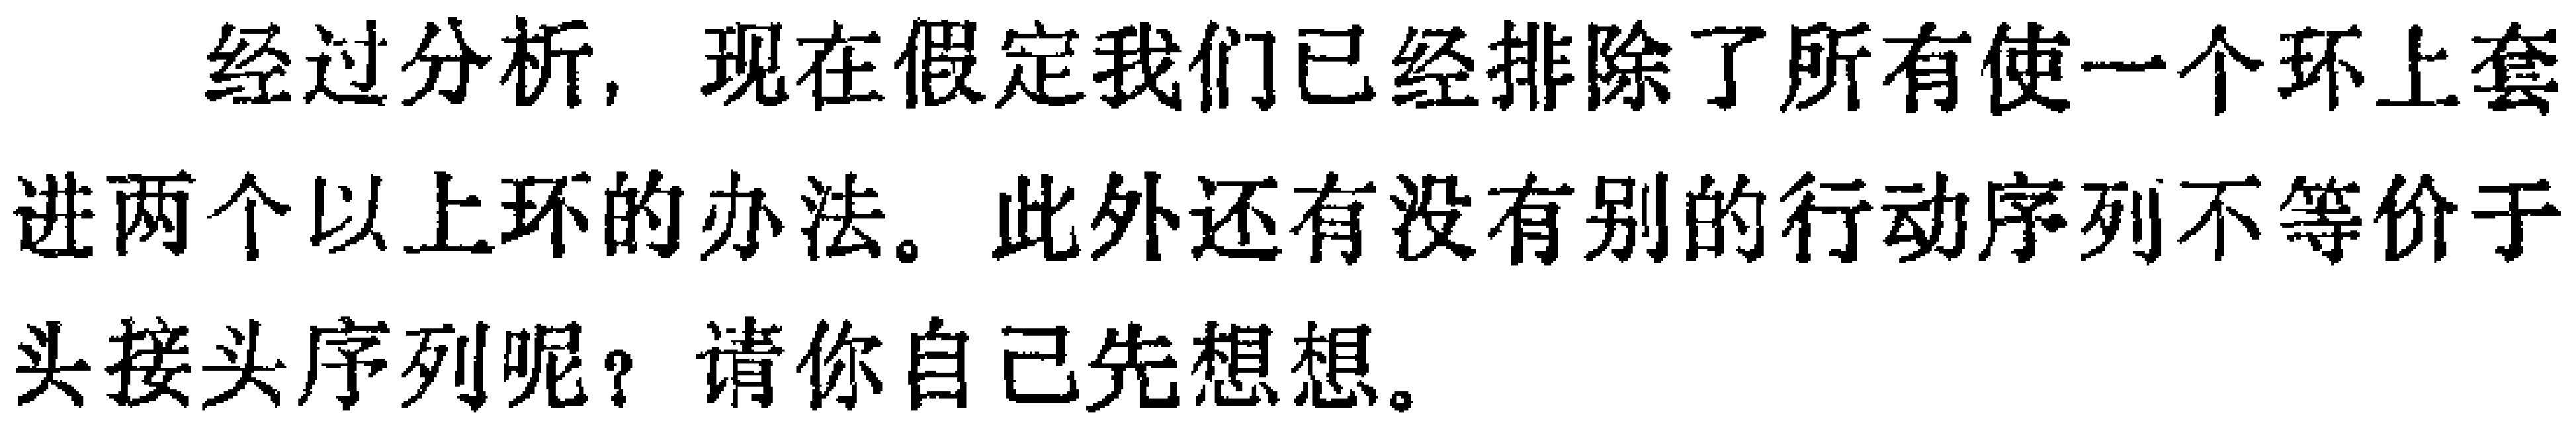
经过分析，现在假定我们已经排除了所有使一个环上套进两个以上环的办法。此外还有没有别的行动序列不等价于头接头序列呢？请你自己先想想。